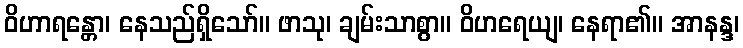
ဝိဟာရန္တော၊ နေသည်ရှိသော်။ ဖာသု၊ ချမ်းသာစွာ။ ဝိဟရေယျ၊ နေရာ၏။ အာနန္ဒ၊